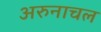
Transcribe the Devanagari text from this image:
अरुनाचल